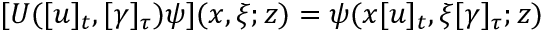
\lbrack U ( [ u ] _ { t } , [ \gamma ] _ { \tau } ) \psi ] ( x , \xi ; z ) = \psi ( x [ u ] _ { t } , \xi \lbrack \gamma ] _ { \tau } ; z )